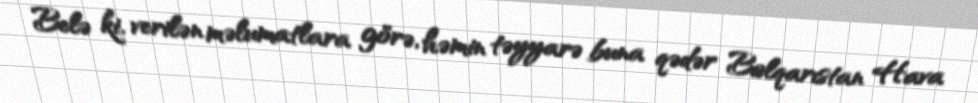
Belə ki, verilən məlumatlara görə, həmin təyyarə buna qədər Bolqarıstan Hava